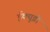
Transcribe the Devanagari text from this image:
ईक्यूडी